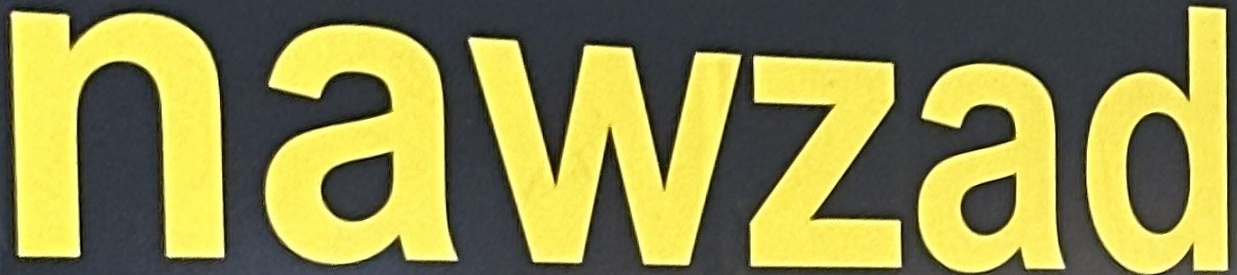
nawzad